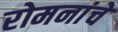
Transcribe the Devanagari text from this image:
रोमनांचे